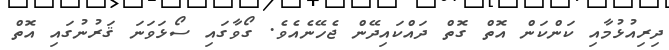
ދިރިއުޅުމާއި ކަންކަން އޮތް ގޮތް ދައްކައިދޭން ޖެހޭނެއެވެ. ގޯވާގައި ސޯޅަވަނަ ޤަރުނުގައި އޮތް